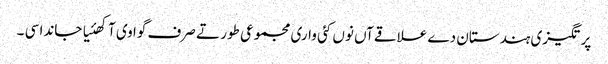
پرتگیزی ہندستان دے علاقےآں نوں کئی واری مجموعی طور تے صرف گوا وی آکھئیا جاندا سی ۔